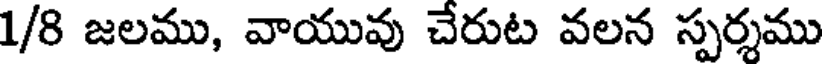
1/8 జలము, వాయువు చేరుట వలన స్పర్శము